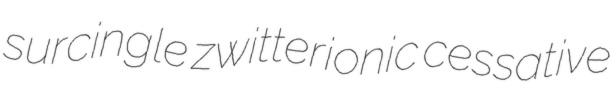
surcingle zwitterionic cessative